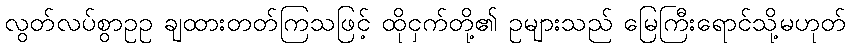
လွတ်လပ်စွာဥဥ ချထားတတ်ကြသဖြင့် ထိုငှက်တို့၏ ဥများသည် မြေကြီးရောင်သို့မဟုတ်